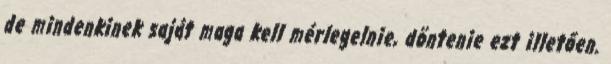
de mindenkinek saját maga kell mérlegelnie, döntenie ezt illetően.